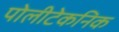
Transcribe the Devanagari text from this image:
पोलीटेकनिक